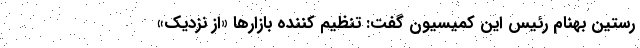
رستین بهنام رئیس این کمیسیون گفت: تنظیم کننده بازارها «از نزدیک»